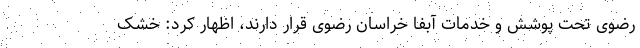
رضوی تحت پوشش و خدمات آبفا خراسان رضوی قرار دارند، اظهار کرد: خشک